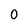
Character: 0